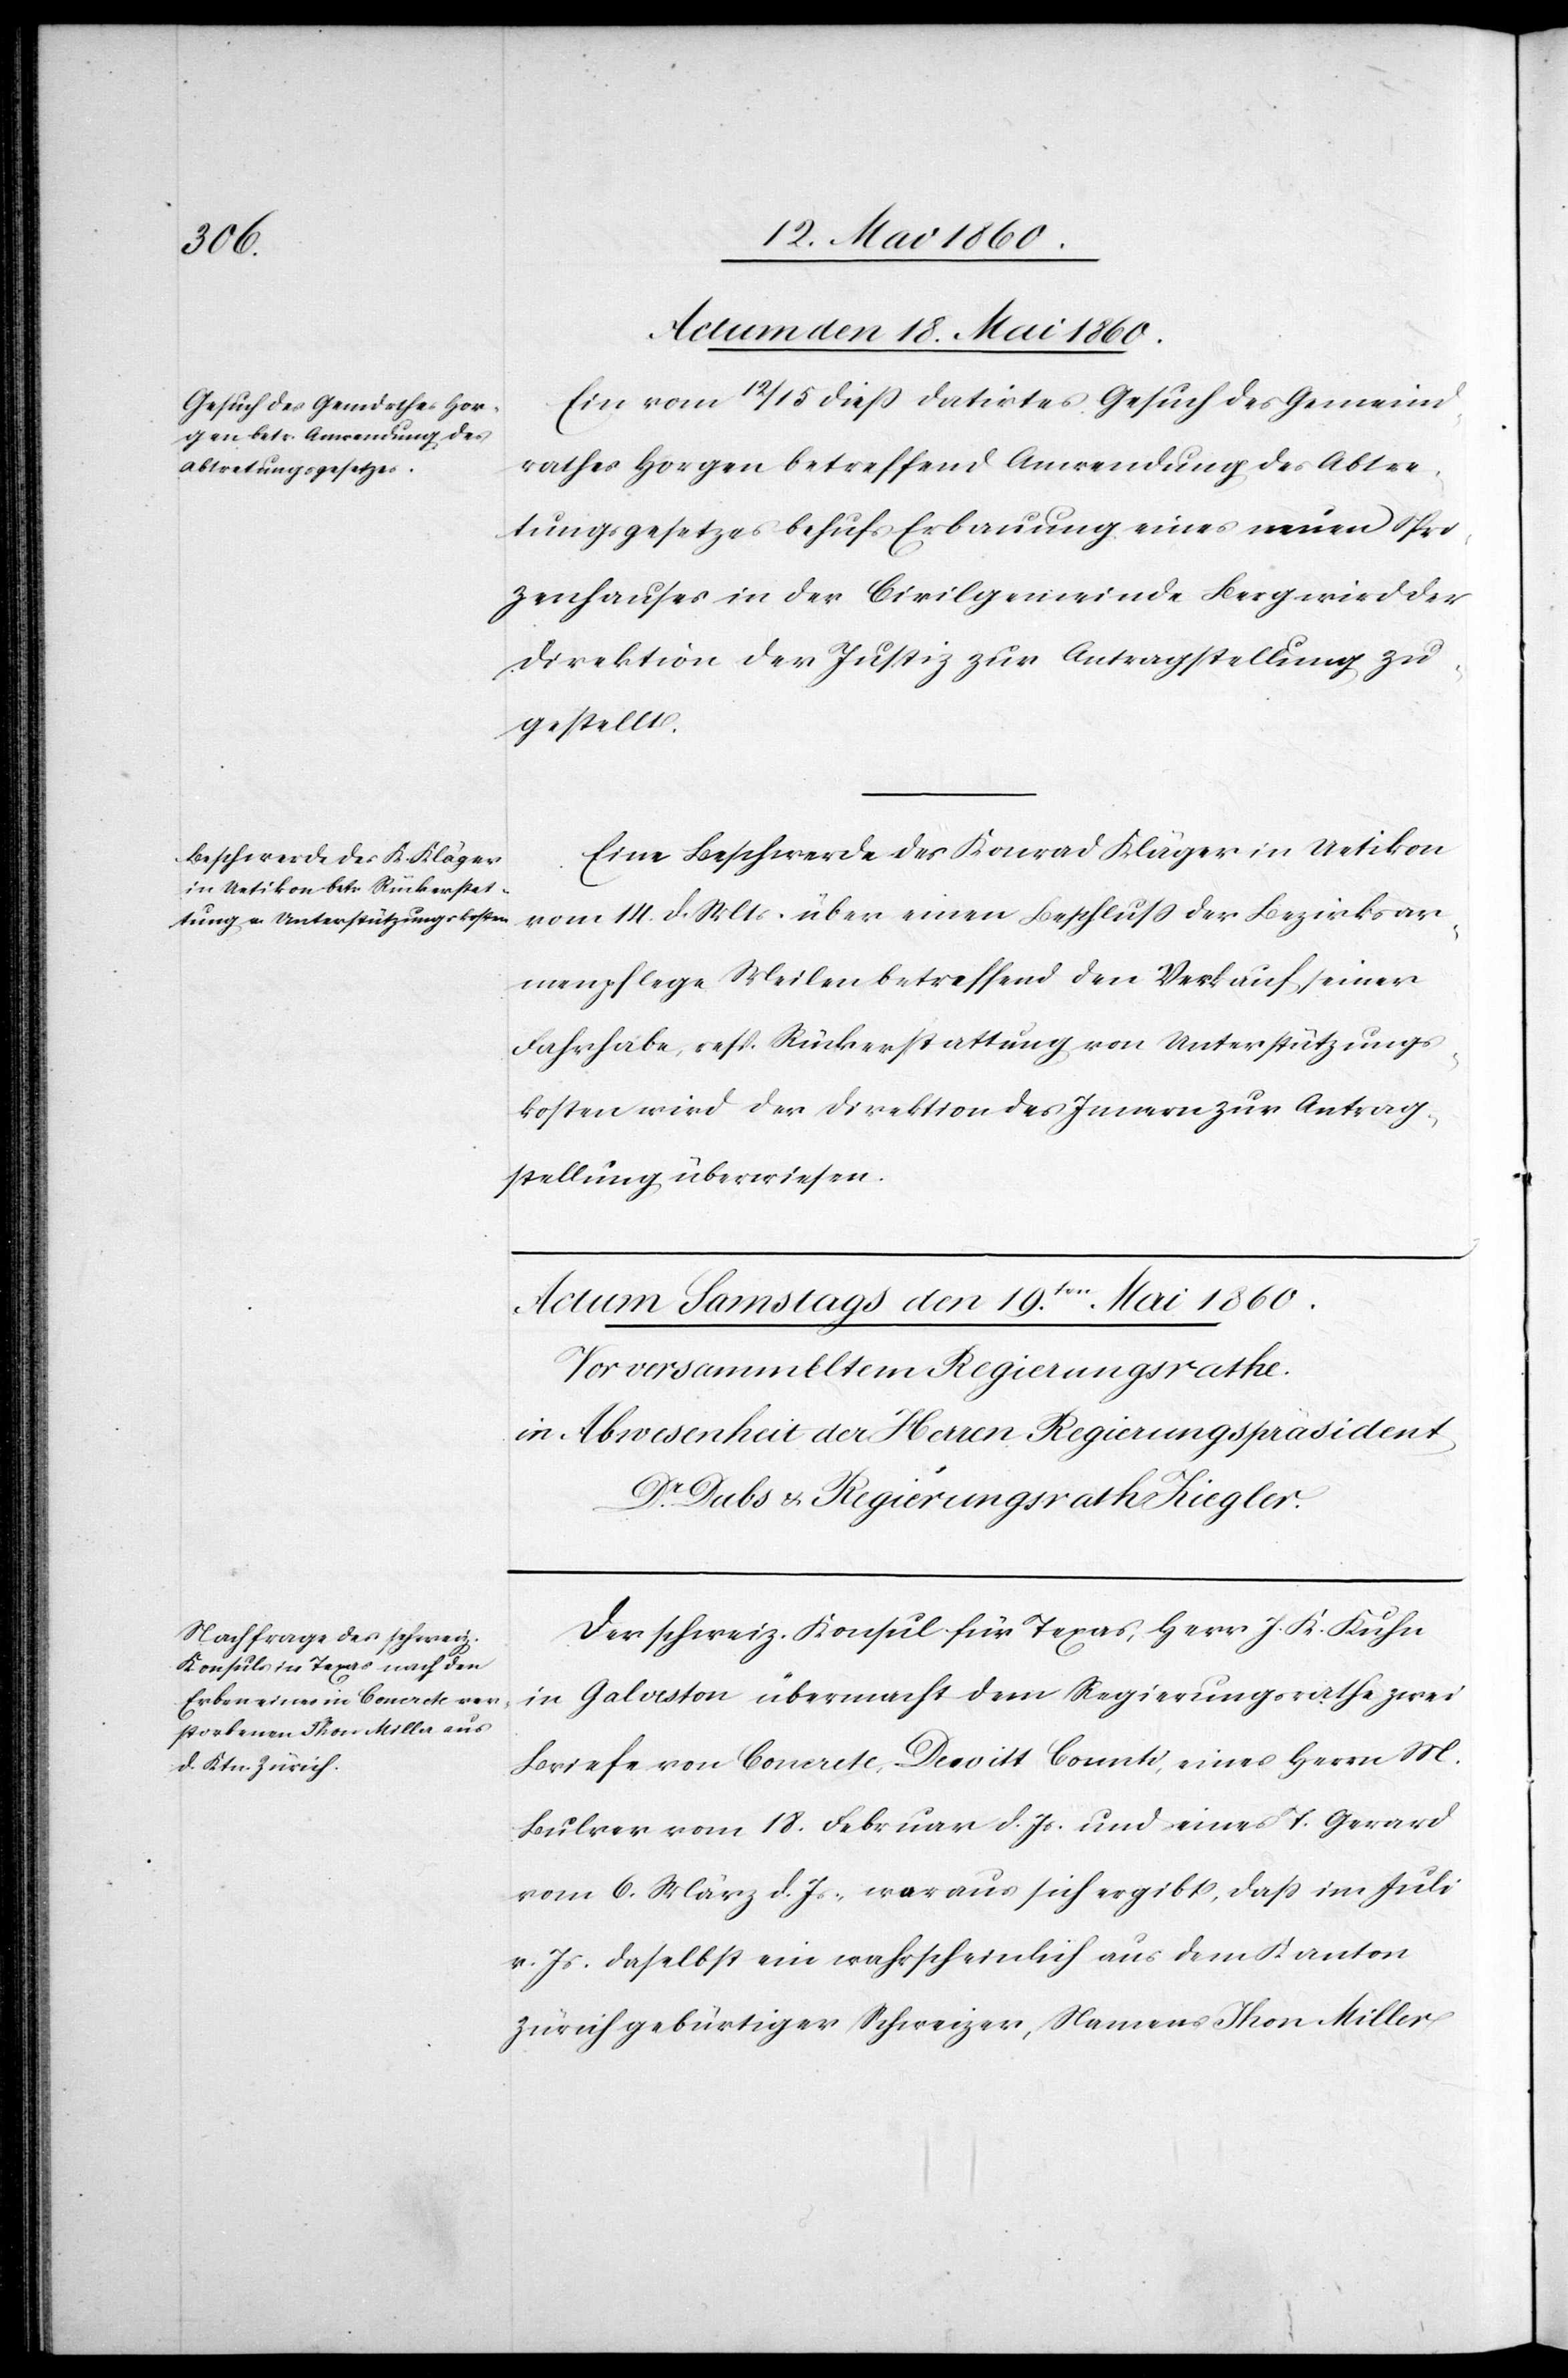
Actum den 18. Mai 1860.]
Ein vom 12/15 diess datirtes Gesuch des Gemeind¬
rathes Horgen betreffend Anwendung des Abtre¬
tungsgesetzes behufs Erbauung eines neuen Spri¬
zenhauses in der Civilgemeinde Berg wird der
Direktion der Justiz zur Antragstellung zu¬
gestellt,
Eine Beschwerde des Konrad Kläger in Uetikon
vom 14. d. Mts. über einen Beschluss der Bezirksar¬
menpflege Meilen betreffend den Verkauf seiner
Fahrhabe, resp. Rückerstattung von Unterstützungs¬
kosten wird der Direktion des Innern zur Antrag¬
stellung überwiesen.
Der schweiz. Konsul für Texas. Herr J. K. Kuhn
in Galveston übermacht dem Regierungsrathe zwei
Briefe von Concrete, Devitt Counti, eines Herrn M.
Bulver vom 18. Februar d. Js. und eines T. Gerard
vom 6. März d. Js., woraus sich ergibt, dass im Juli
v. Js. daselbst ein wahrscheinlich aus dem Kanton
Zürich gebürtiger Schweizer, Namens Thon Miller